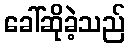
ခေါ်ဆိုခဲ့သည်